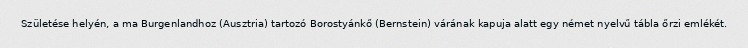
Születése helyén, a ma Burgenlandhoz (Ausztria) tartozó Borostyánkő (Bernstein) várának kapuja alatt egy német nyelvű tábla őrzi emlékét.